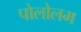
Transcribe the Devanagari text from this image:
पोलोलम